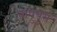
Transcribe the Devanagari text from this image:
बापुपुरा